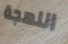
اللهجة